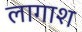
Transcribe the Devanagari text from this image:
लागाश